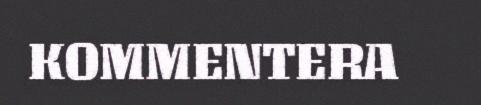
KOMMENTERA